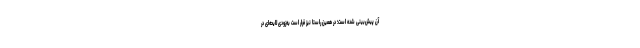
آن پیش‌بینی شده است؛ در همین راستا نیز قرار است به‌زودی لایحه‌ای در